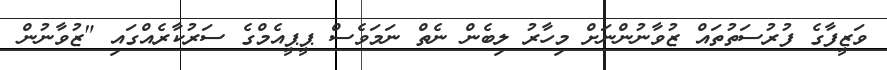
ވަޒީފާގެ ފުރުސަތުތައް ޒުވާނުންނަށް މިހާރު ލިބެން ނެތް ނަމަވެސް ޕީޕީއެމްގެ ސަރުކާރެއްގައި "ޒުވާނުން